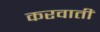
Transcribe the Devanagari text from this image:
करवातीं